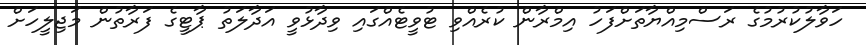
ހަވާލުކުރުމުގެ ރަސްމިއްޔާތަށްފަހު އިމްރާން ކުރެއްވި ޓުވީޓެއްގައި ވިދާޅުވީ އަދާލަތު ޕާޓީގެ ފަރާތުން މަޖިލީހަށް